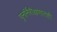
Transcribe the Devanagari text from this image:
पुनर्निरीक्षणातही